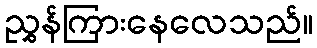
ညွှန်ကြားနေလေသည်။